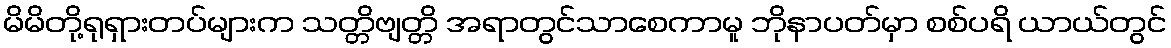
မိမိတို့ရုရှားတပ်များက သတ္တိဗျတ္တိ အရာတွင်သာစေကာမူ ဘိုနာပတ်မှာ စစ်ပရိ ယာယ်တွင်